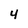
Character: 4